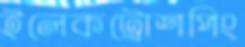
ইলেকট্রোশপিং